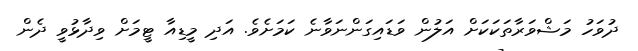
ދުވަހު މަޝްވަރާތަކަކަށް އަލުން ވަޑައިގަންނަވާނެ ކަމަށެވެ. އަދި މީޑިއާ ޓީމަށް ވިދާޅުވީ ދެން